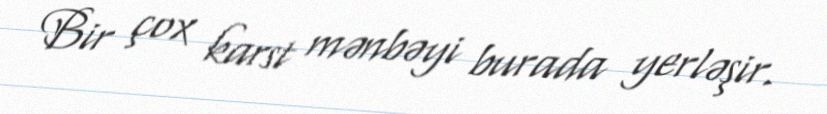
Bir çox karst mənbəyi burada yerləşir.